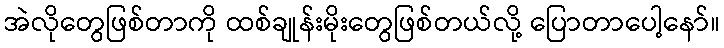
အဲလိုတွေဖြစ်တာကို ထစ်ချုန်းမိုးတွေဖြစ်တယ်လို့ ပြောတာပေါ့နော်။